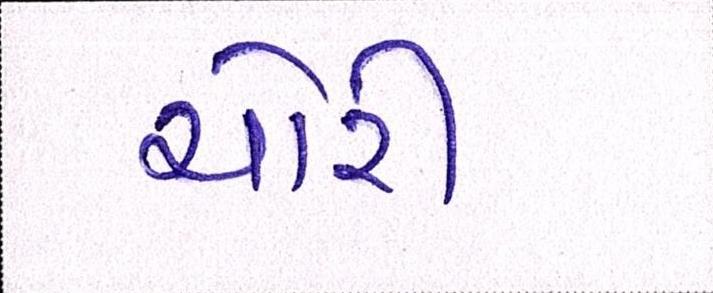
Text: ચોરી